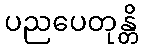
ပညပေတုန္တိ